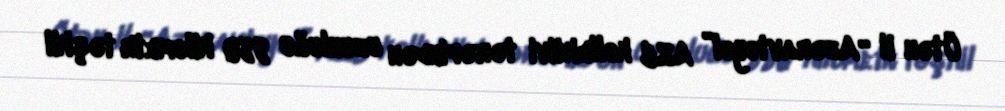
Ötən il “Azəravtoyol” ASC kollektivi tərəfindən uzunluğu 880 kilometr təşkil